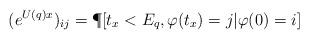
LaTeX: \begin{align*}(e^{U(q)x})_{ij} = \P[t_x < E_q, \varphi(t_x) = j | \varphi(0)=i]\end{align*}